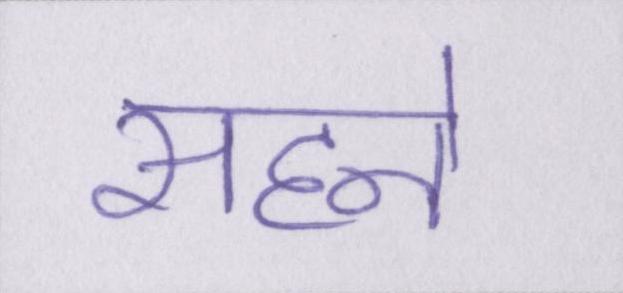
सहने